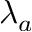
\lambda _ { a }